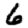
Digit: 6